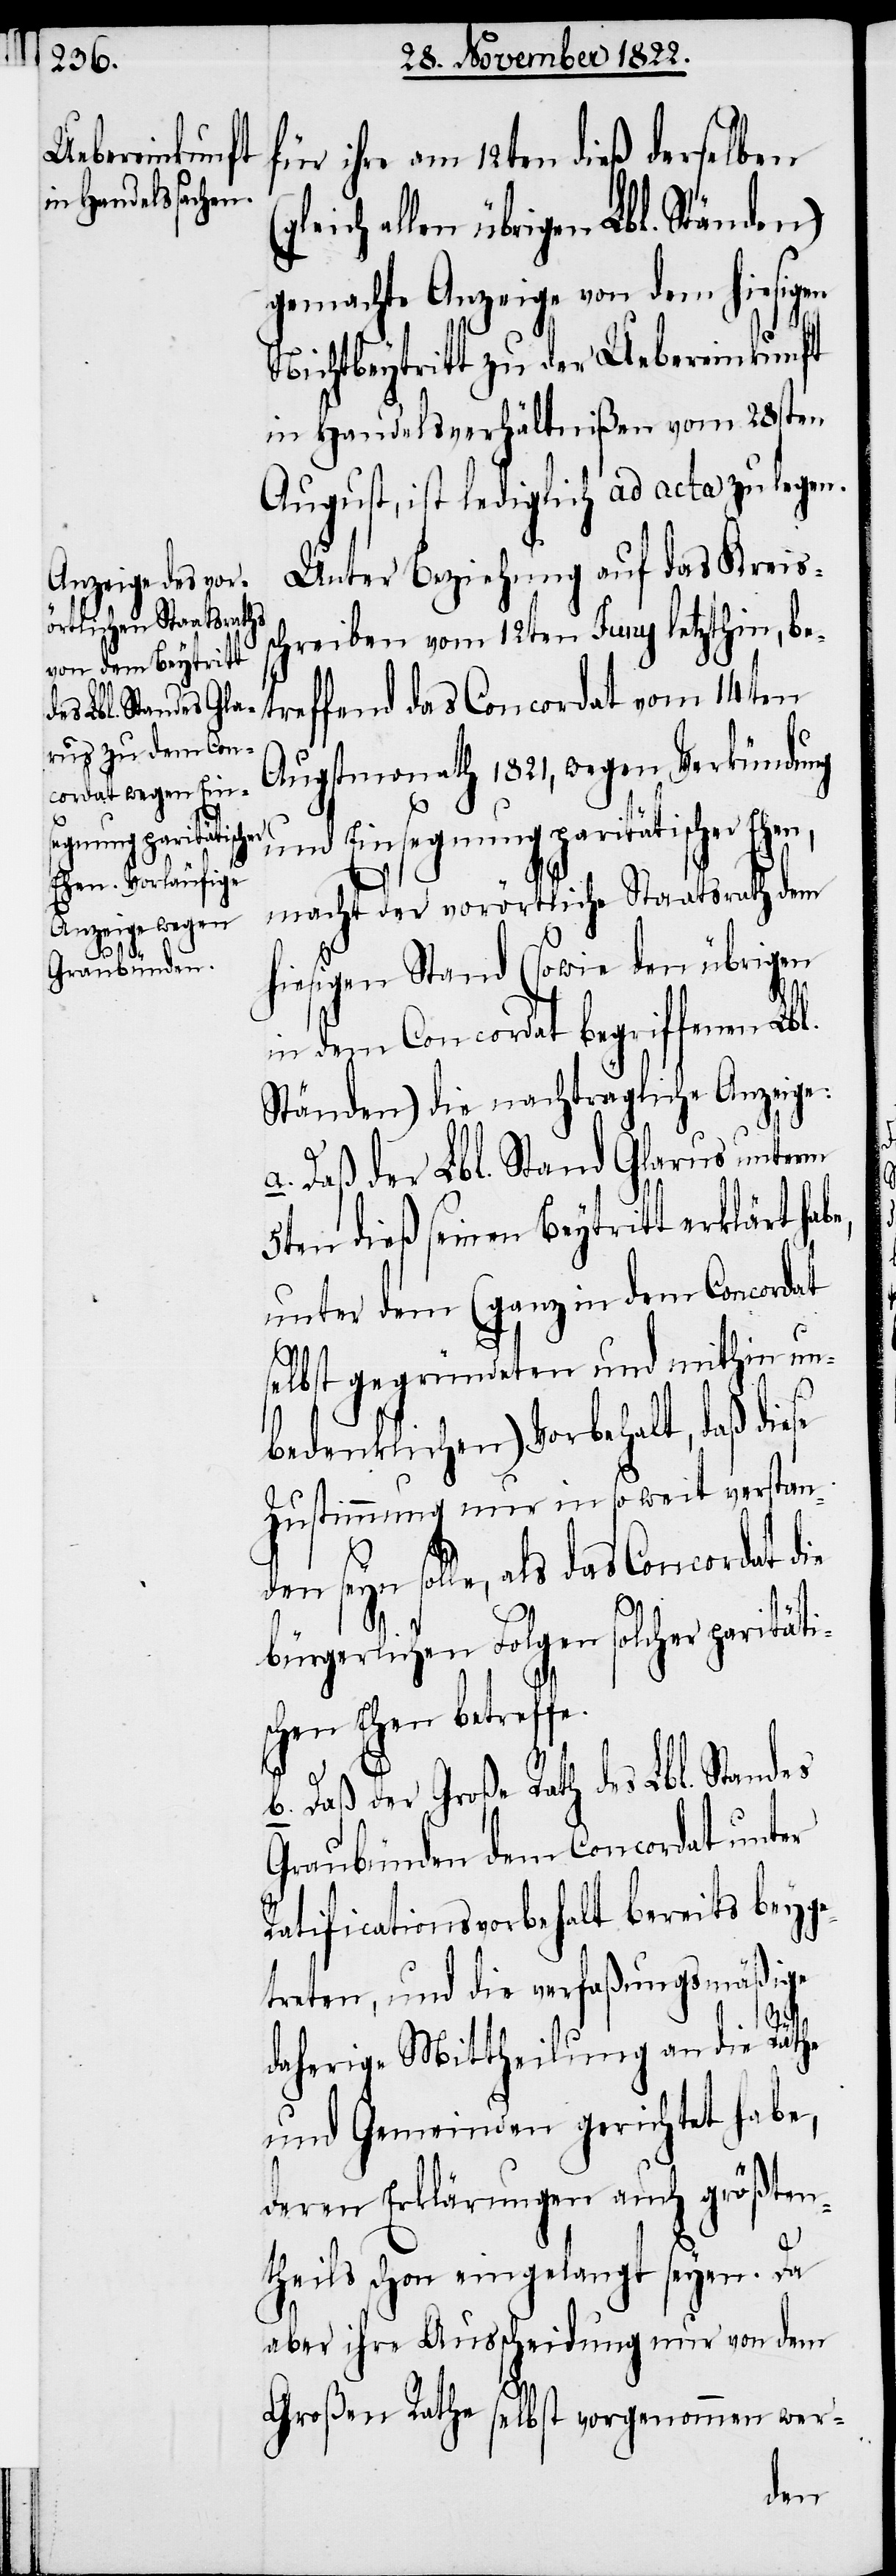
für ihre am 12ten dieß derselben
leich allen übrigen Lbl. Ständen)
gemachte Anzeige von dem hiesigen
ung
Nichtbeytritt zu der Uebereinkunft
in Handelsverhältnißen vom 28sten
August, ist lediglich ad acta zu legen.
Unter Beziehung auf das Kreis¬
schreiben vom 12ten Juny letzthin, be¬
treffend das Concordat vom 14ten
Augstmonath 1821, wegen Verkündig¬
und Einsegnung paritätischer Eh¬
macht der vorörtliche Staatsrath dem
hiesigen Stand (sowie den übrigen
dem Concordat begriffenen
Ständen) die nachträgliche Anzeige:
a. Daß der Lbl. Stand Glarus unterm
5ten dieß seinen Beytritt erklärt ha¬
unter dem (ganz in dem Concordat
selbst gegründeten und mithin un¬
bedenklichen) Vorbehalt, daß di¬
Zustimmung nur in so weit verstan¬
eyn solle, als das Concordat die
bürgerlichen Folgen solcher parität¬
schen Ehen betreff¬
b. Daß der Große Rath des Lbl. Standes
Graubünden dem Concordat unter
Ratificationsvorbehalt bereits beyge¬
treten, und die verfaßungsmäßige
e.
daherige Mittheilung an die Räthe
und Gemeinden gerichtet habe,
deren Erklärungen auch größten¬
theils schon eingelangt seye. Da
aber ihre Ausscheidung nur von dem
Großen Rathe selbst vorgenommen wer-
den